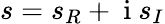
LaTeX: s=s_{R}+\mathrm{~i~}s_{I}